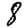
Digit: 8